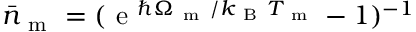
\bar { n } _ { \mathrm { ~ m ~ } } = ( \mathrm { ~ e ~ } ^ { \hbar \Omega _ { \mathrm { ~ m ~ } } / k _ { \mathrm { ~ B ~ } } T _ { \mathrm { ~ m ~ } } } - 1 ) ^ { - 1 }